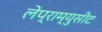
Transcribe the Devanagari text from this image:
लेप्राम्युसीट